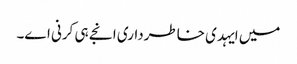
میں ایہدی خاطرداری انجے ہی کرنی اے۔